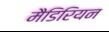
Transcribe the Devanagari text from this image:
मैडिरियन